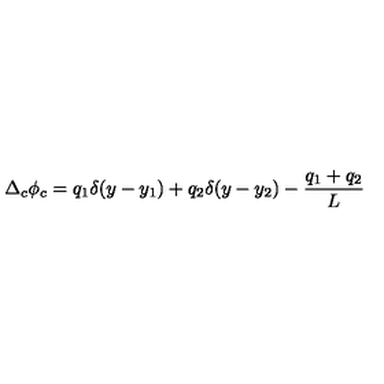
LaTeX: \Delta _ { c } \phi _ { c } = q _ { 1 } \delta ( y - y _ { 1 } ) + q _ { 2 } \delta ( y - y _ { 2 } ) - \frac { q _ { 1 } + q _ { 2 } } { L }